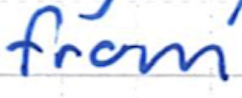
Text: from
Cross-out: clean
Writing tool: ballpoint